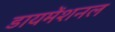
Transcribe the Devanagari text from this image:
डायमेंशनल